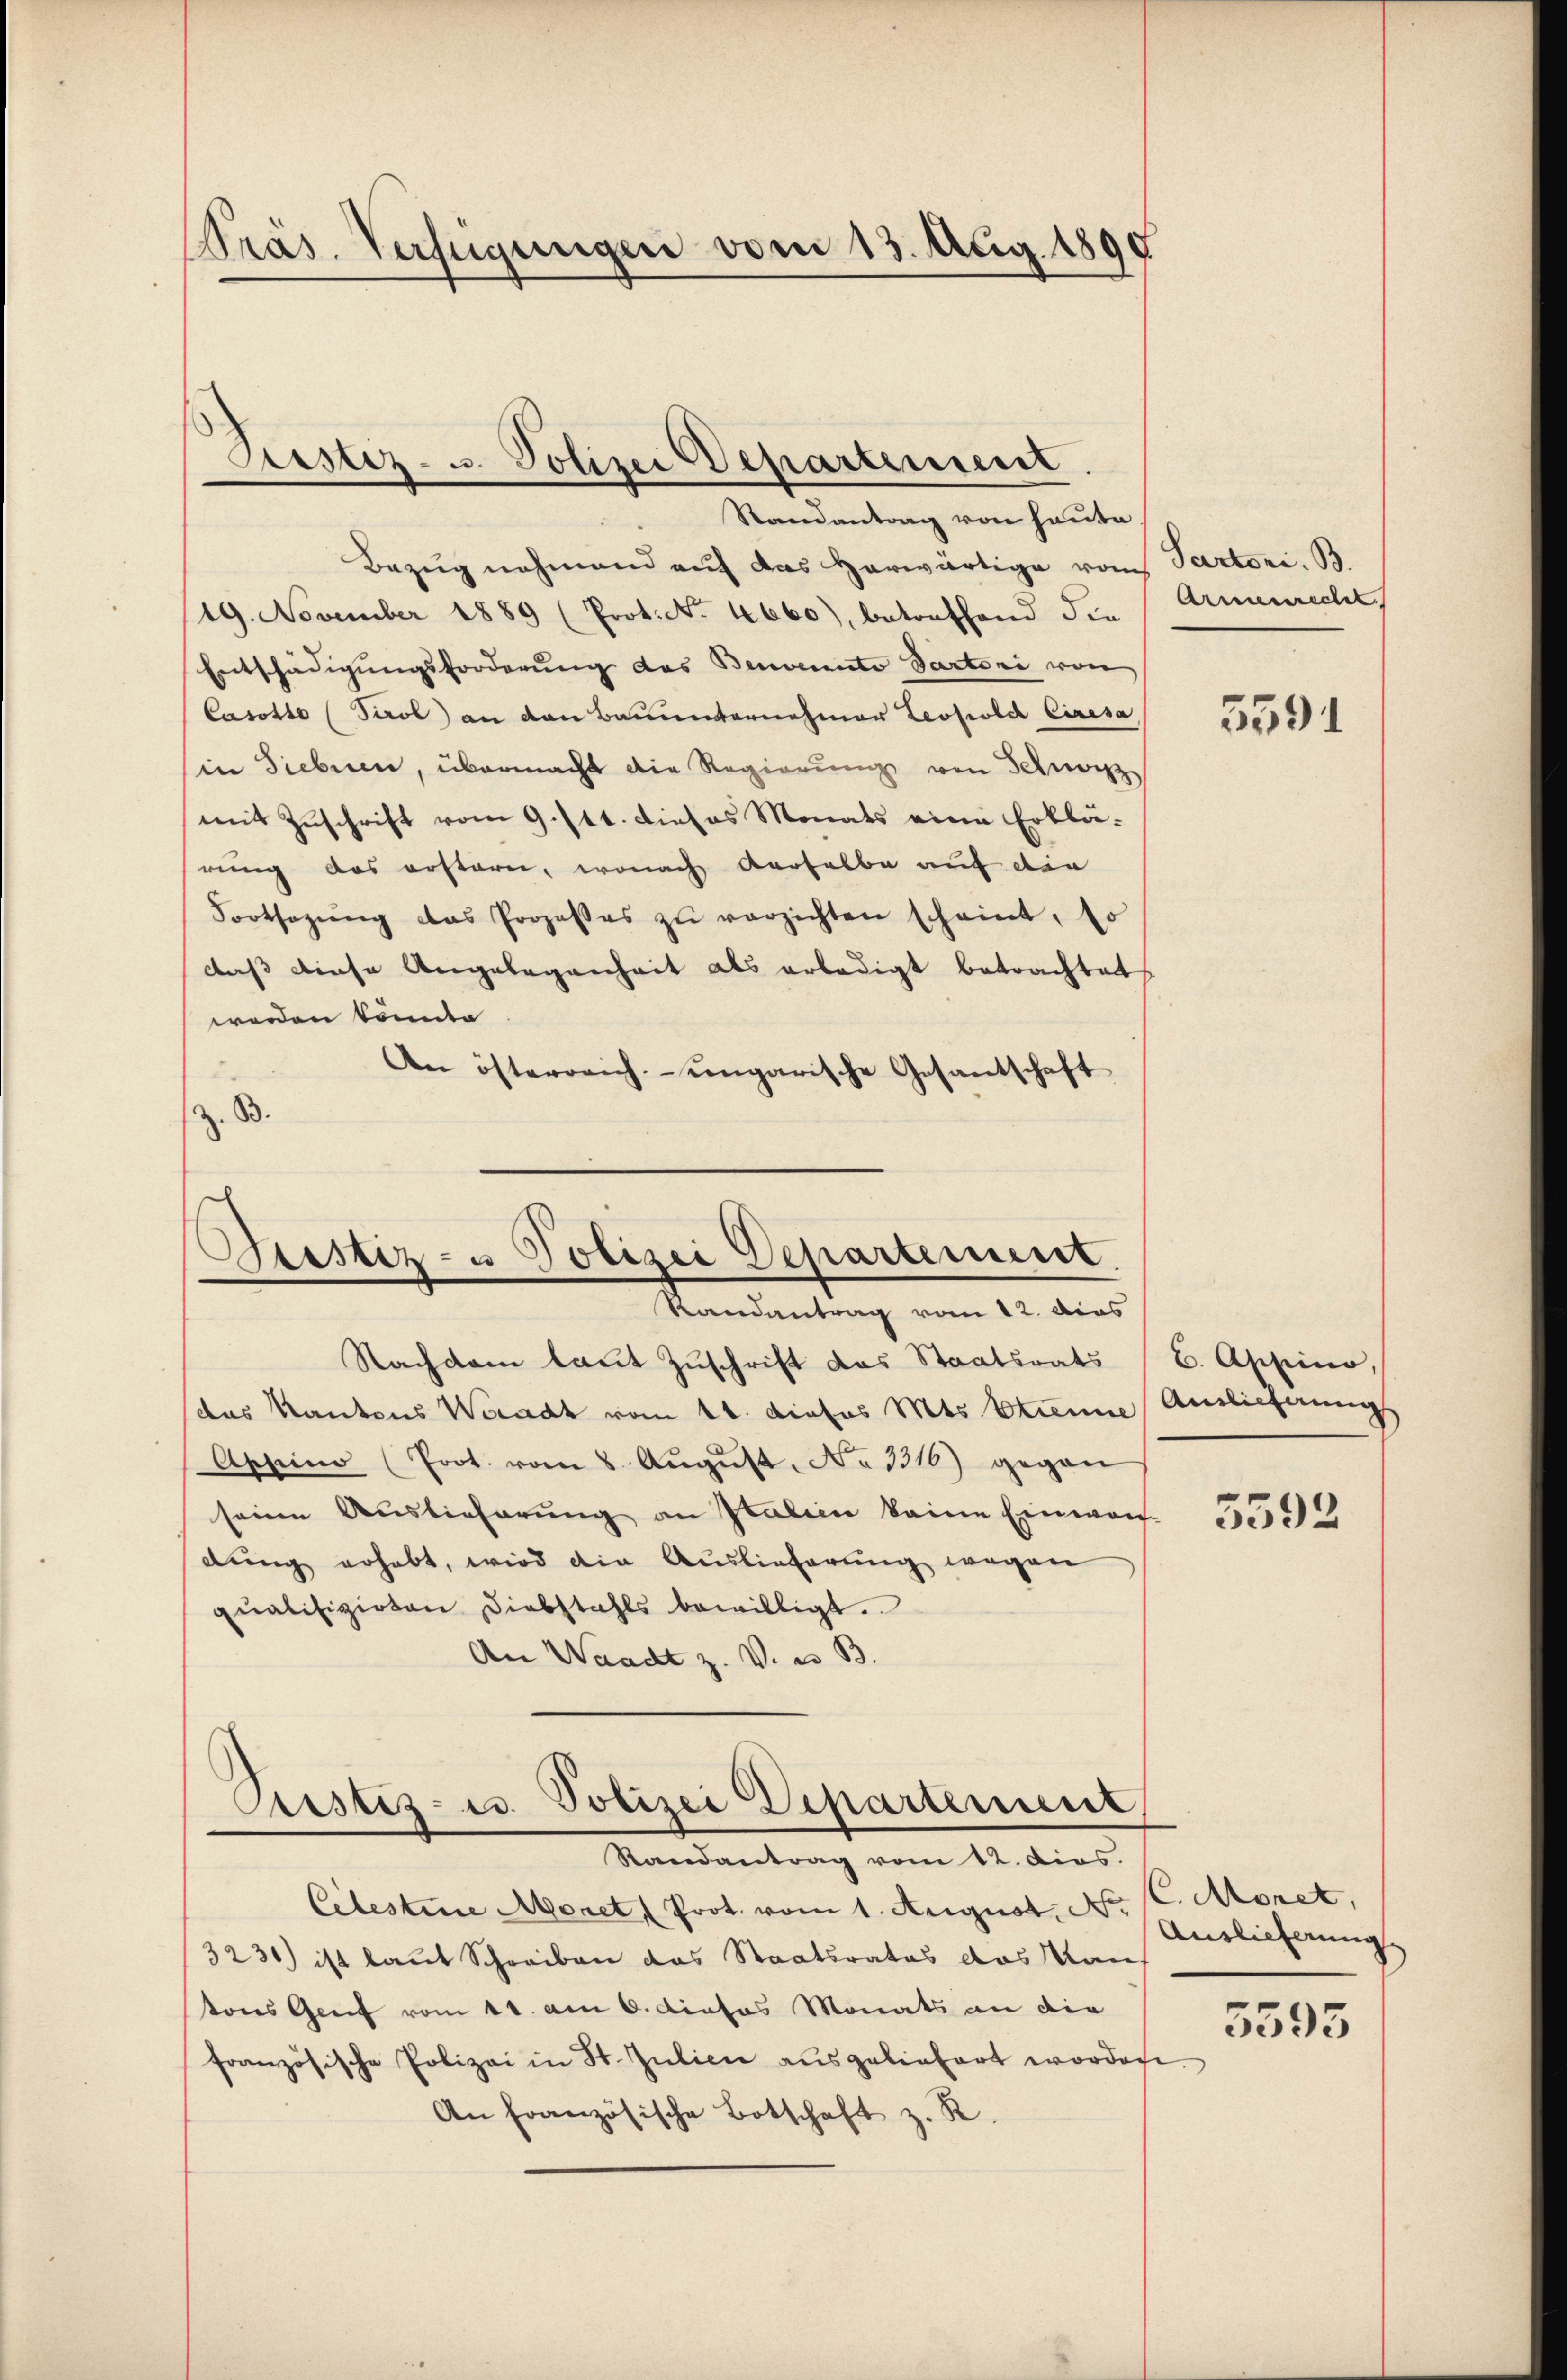
Präs. Verfügungen vom 13. Aug. 1890

Randantrag von heute
Bezug nehmend auf das Herwärtige von Partori. B.
(19. November 1889 (Prot. No. 4660), betreffend die
Entschädigungsforderung das Benennte Partori von
Casotto (Paob) an den Bauunternehmer Leopold Ciresa
in Siebnen, übermacht die Regierung von Schwarz
mit Zuschrift vom 9. 11t. Dieses Monats eine Erklä-
rung das erstern, wonach derselbe auf die
Fortsezŭng das Prozesses zŭ verzichten scheint, so
daß diese Angelegenheit als erledigt betrachtet
werden könnte
An österreich ungarische Gesantschaft
z. B.

e

Sistiz- u. Polizei Departement

Stistiz- u Polizei Departement.
Randantrag vom 12. dies

Nachdem laut Zuschrift das Staatsrats
das Kantons Waadt vom 11. dieses Mts. Etienne
Apsein (Prot. vom 8. Aŭgŭst No. 3316) gegen
seine Auslieferung an Italien keine Einwan-
dung erhebt, wird die Auslieferung wegen
qualifizirten Diebstahls bewilligt.
An Waadt z. V. a. B.

Justiz- u. Polizei Departement,
Randantrag vom 12. dies.

Celestine Moret (Prot. vom 1. August. N. C. Moret,
3231) ist laut Schreiben das Staatsrates das Raus
tons Genf vom 11. am 6. dieses Monats an die
französische Polizei in St. Julici ausgeliefert worden
An französische Botschaft z. R.

Armenrechet.

5591

6. Aprio,
Antlichnung

5592

Auslieferung

5593